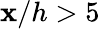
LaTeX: \mathbf{x}/h>5